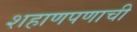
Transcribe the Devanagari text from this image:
शहाणपणाची